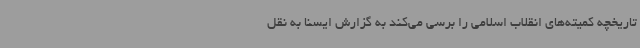
تاریخچه کمیته‌های انقلاب اسلامی را برسی می‌کند به گزارش ایسنا به نقل